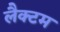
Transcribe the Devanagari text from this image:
लैक्टम